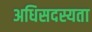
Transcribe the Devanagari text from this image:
अधिसदस्यता